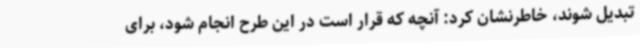
تبدیل شوند، خاطرنشان کرد: آنچه که قرار است در این طرح انجام شود، برای